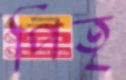
পিতৃ